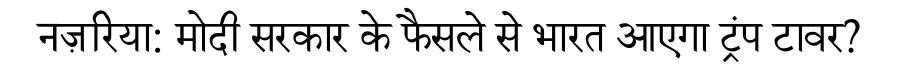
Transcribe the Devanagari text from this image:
नज़रिया: मोदी सरकार के फैसले से भारत आएगा ट्रंप टावर?